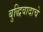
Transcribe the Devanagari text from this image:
बुद्धिवादाचे